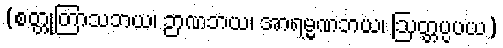
(စတ္တုတြာသဘယ၊ ဉာဏဘယ၊ အာရမ္မဏဘယ၊ ဩတ္တပ္ပပယ)